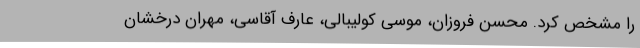
را مشخص کرد. محسن فروزان، موسی کولیبالی، عارف آقاسی، مهران درخشان